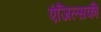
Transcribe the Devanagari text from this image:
एंजिल्सकी